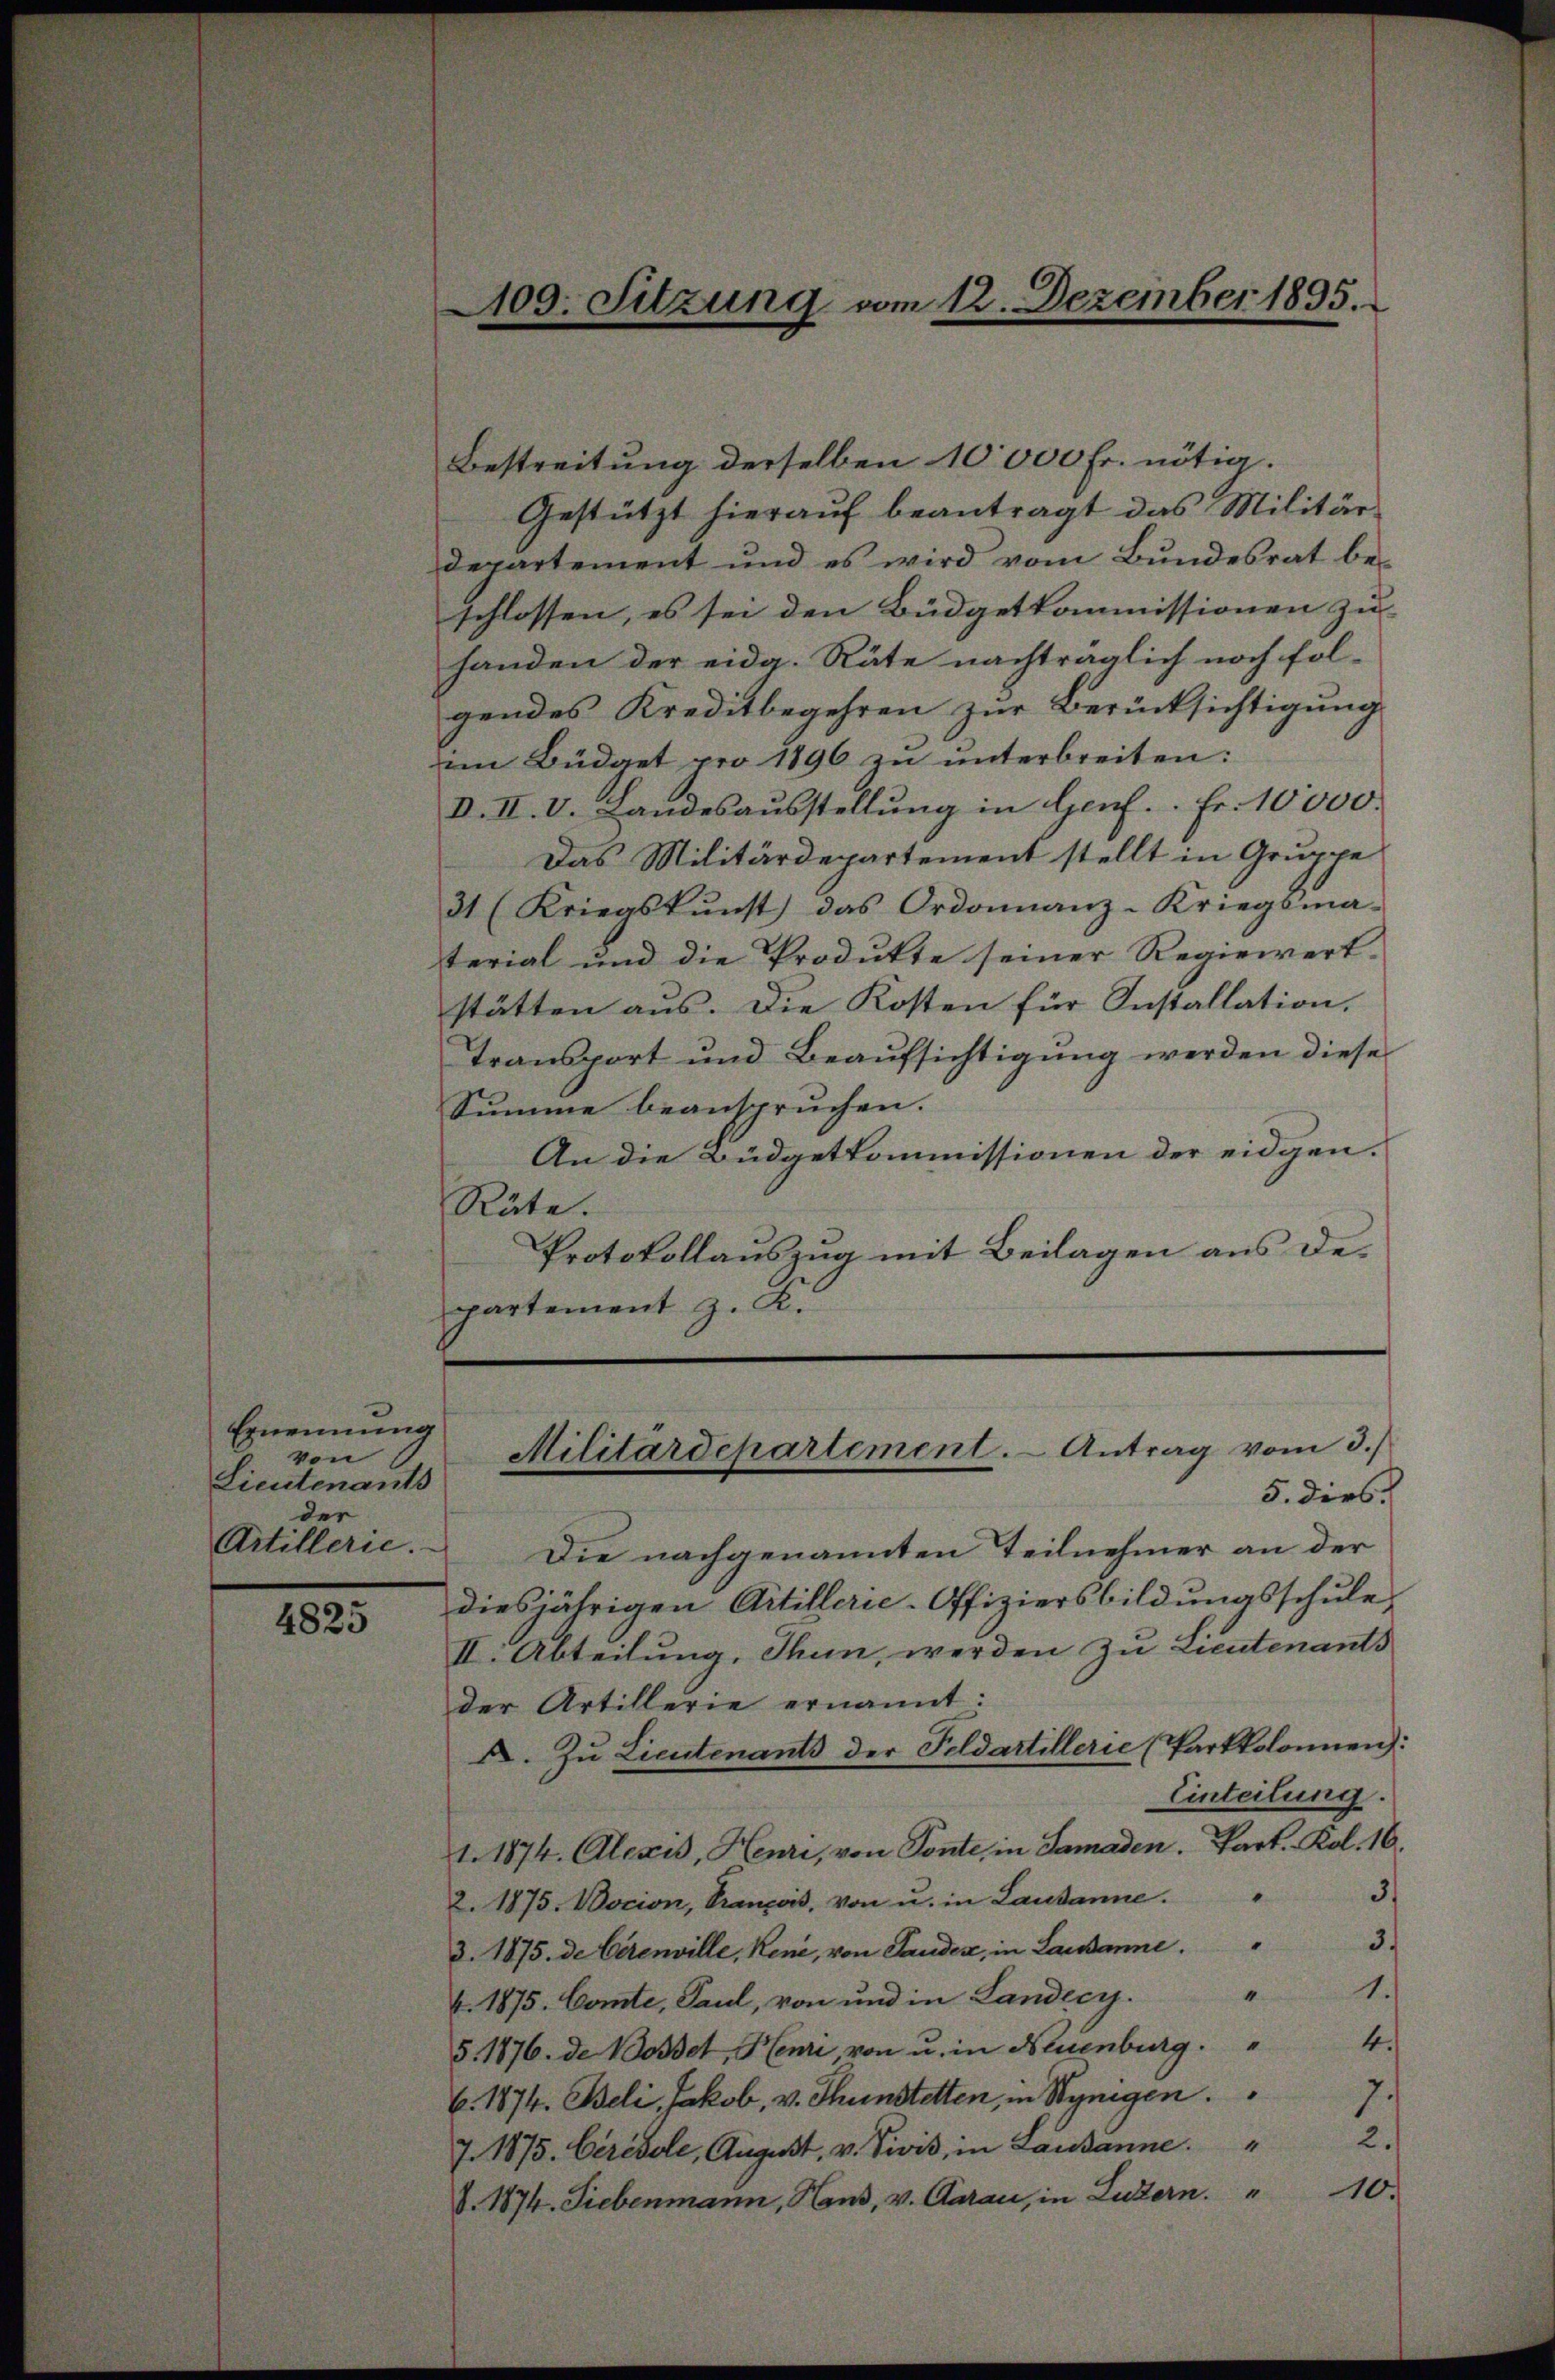
Ernennung
von
Lieutenants
der
Artillerie.

4825

Bestreitung derselben 10000 Fr. nötig.
Gestützt hierauf beantragt das Militär-
departement und es wird vom Bundesrat be-
schlossen, es sei den Büdgetkommissionen zu
handen der eidg. Räte nachträglich noch fol-
gendes Kreditbegehren zur Berücksichtigung
im Büdget pro 1896 zu unterbreiten:
I. II. V. Landesausstellung in Genf. Fr. 10,000.
Das Militärdepartement stellt in Gruppe
31 (Kriegskunst) das Ordonnanz-Kriegsma-
terial und die Produkte seiner Regiewert-
stätten aus. Die Kosten für Installation.
Transport und Beaufsichtigung werden diese
Summe beanspruchen.
An die Büdgetkommissionen der eidgen.
Räte.
Protokollauszug mit Beilagen aus departement z. K.

400. Sitzung vom 12. Dezember 1895.

Die nachgenannten Teilnehmer an der
diesjährigen Artillerie-Offiziersbildungsschule,
II. Abteilung, Thun, werden zu Lieutenants
der Artillerie ernannt:
A. Zŭ Lieutenants der Feldartillerie (Parkkolonen:
Einteilung.
1. 1874. Alexis, Henri, von Ponte, in Samaden. Part. Kol. 16.
3.
2. 1875. Docion, Prançois, von u. in Lausanne.
3.
3. 1875. de Cerenville, Reni, von Landen, in Lausanne.
1.
4
4. 1875. Comte, Paul, von und in Landecy.
4.
5. 1876. de Bosset, Henri, von u. in Neuenburg.
6. 1874. Beli, Jakob, v. Thunstetten, in Synigen.7
2.
7. 1875. Ceredole, August, v. Divis, in Lausanne.
V. 1874. Siebenmann, Haus, v. Aarau, in Luzern. " 10.

Militärdepartement. - Antrag vom 3.
5. dies.